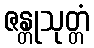
ဇန္တုသုတ္တံ